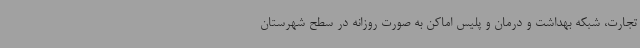
تجارت، شبکه بهداشت و درمان و پلیس اماکن به صورت روزانه در سطح شهرستان